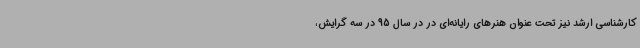
کارشناسی ارشد نیز تحت عنوان هنرهای رایانه‌ای در در سال 95 در سه گرایش،